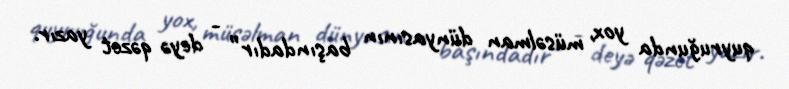
quyruğunda yox, müsəlman dünyasının başındadır” - deyə qəzet yazır.